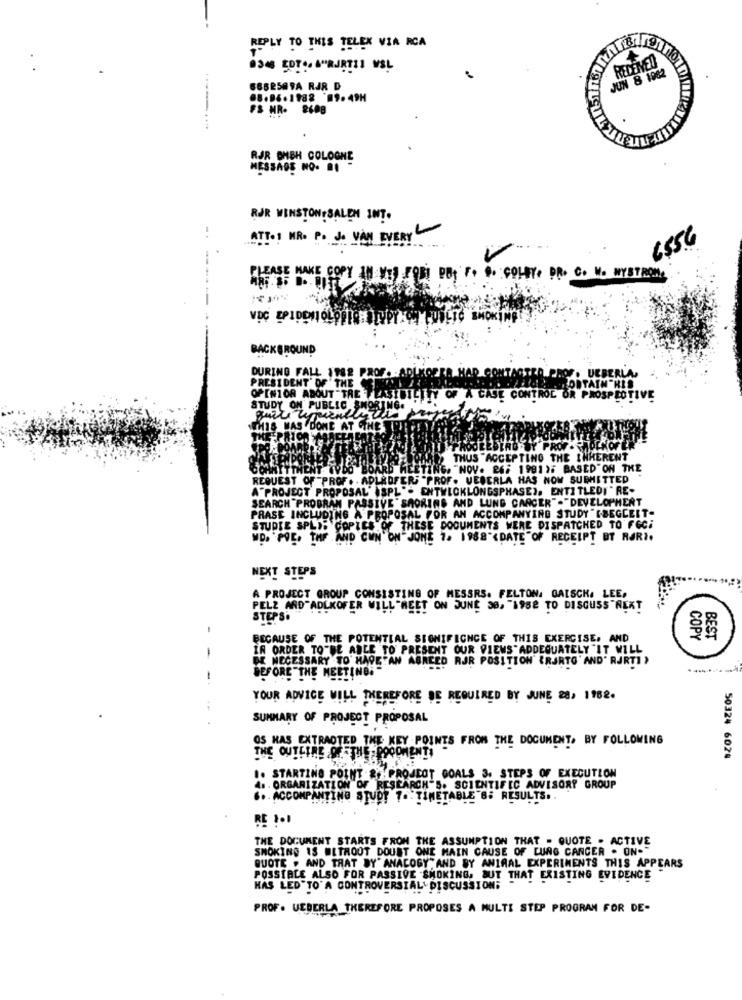
REPLY TO THIS TELEK VIA RCA
JUN & 1962
REDENED
6862589A RJR D
68.96.1988 9.49H
FS HR- 8608
.
RJR BMBH COLOGNE
MESSAGE NO. BI
RJR WINSTON SALEM INT.
-.
ATTO! MR. P. J. VAN EVERY
6556
PLEASE MAKE COPY IN VIS FOR! DET F. .. COLEY. DR. C. N. WYSTROM,
BACKGROUND
DURING FALL 1982 PROF. .
UEBERLA
PRESIDENT' OF THE
AIN "HIS
OPINION ABOUT TRE TEASIBILITY OF A CASE CONTROL OR PROSPECTIVE
STUDY ON PUBLIC SHORING. '
THIS WAS DONE AT LINE TH
THE BY PROF.
THUS ACCEPTING THE INHERENT
COANTTTHENT WPDO
SARD MEETING. "NOV. 26; 1981); BASED ON THE
REQUEST OF "PROF . . ADLEDFERS "PROF. VEDERLA HAS NOW SUBMITTED
A"PROJECT PROPOSAL' ISPL". ENTWICKLONGSPHASES, ENTITLEDI " RE-
SEARCH "PROBRAM PASSIVE" SHORING AND LUNG CANCER"."DEVELOPMENT
PRASE INCLUDING A PROPOSAL FOR AN ACCOMPANYING STUDY "[BEGCEIT-
STUDIE SPLIS COPIES OF THESE DOCUMENTS WERE DISPATCHED TO FGCİ
WD. POE. TMF AND CWN ON JONE 7. 1988"<DATE"OF RECEIPT ET RØRI.
NEXT STEPS
A PROJECT GROUP CONSISTING OF MESSRS. FELTON. GAISCH. LEE,
PELZ AND ADLKOFER WILL MEET ON JUNE 30. "1982 TO DISCUSS"NEXT
STEPS.
BECAUSE OF THE POTENTIAL SIGNIFICNCE OF THIS EXERCISE, AND
COPY
BEST
IN ORDER TO"BE ABLE TO PRESENT OUR VIEWS"ADDEQUATELY "IT WILL
DE NECESSARY TO HAVETAN AGREED RJR POSITION {RJRTO' AND' RJRTI >
BEFORE "THE MEETING. "
1
YOUR ADVICE WILL THEREFORE DE REQUIRED BY JUNE 28, 1982.
.
SUMMARY OF PROJECT PROPOSAL
OS HAS EXTRAOTED THE KEY POINTS FROM THE DOCUMENT, BY FOLLOWING
THE OUTLINE OF -THE -POOOMENTI
50324 6024
.. STARTING POINT & PROJEOT GOALS 3. STEPS OF EXECUTION
4. ORGANIZATION OF RESEARCH'S. SCIENTIFIC ADVISORY GROUP
... ACCOMPANTING STUDY 7. TIMETABLE 6; RESULTS:
RE 1.1
THE DOCUMENT STARTS FROM THE ASSUMPTION THAT - QUOTE - ACTIVE
SMOKING IS WITHOUT DOUBT ONE MAIN CAUSE OF LUNG CANCER . ON."
QUOTE . AND THAT BY' ANACOGY"AND BY ANIMAL EXPERIMENTS THIS APPEARS
POSSIBLE ALSO FOR PASSIVE SMOKING, BUT THAT EXISTING EVIDENCE
HAS LED TO' A CONTROVERSIAL DISCUSSIONE
PROF. UEBERLA THEREFORE PROPOSES A MULTI STEP PROGRAM FOR DE-